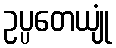
ဥပ္ပတေယျုံ